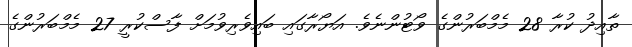
ތާއިދު ކުރާ 28 މެމްބަރުންގެ ވޯޓުންނެވެ. އަޔޯރާގައި ބައިވެރިވުމަށް ފާސްކުރީ 27 މެމްބަރުންގެ